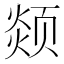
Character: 𩖖